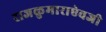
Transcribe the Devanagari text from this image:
राजकुमाराऐवजी